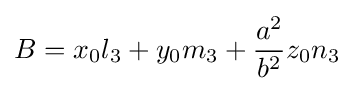
B=x_{0}l_{3}+y_{0}m_{3}+{\frac {a^{2}}{b^{2}}}z_{0}n_{3}